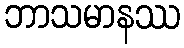
ဘာသမာနဿ